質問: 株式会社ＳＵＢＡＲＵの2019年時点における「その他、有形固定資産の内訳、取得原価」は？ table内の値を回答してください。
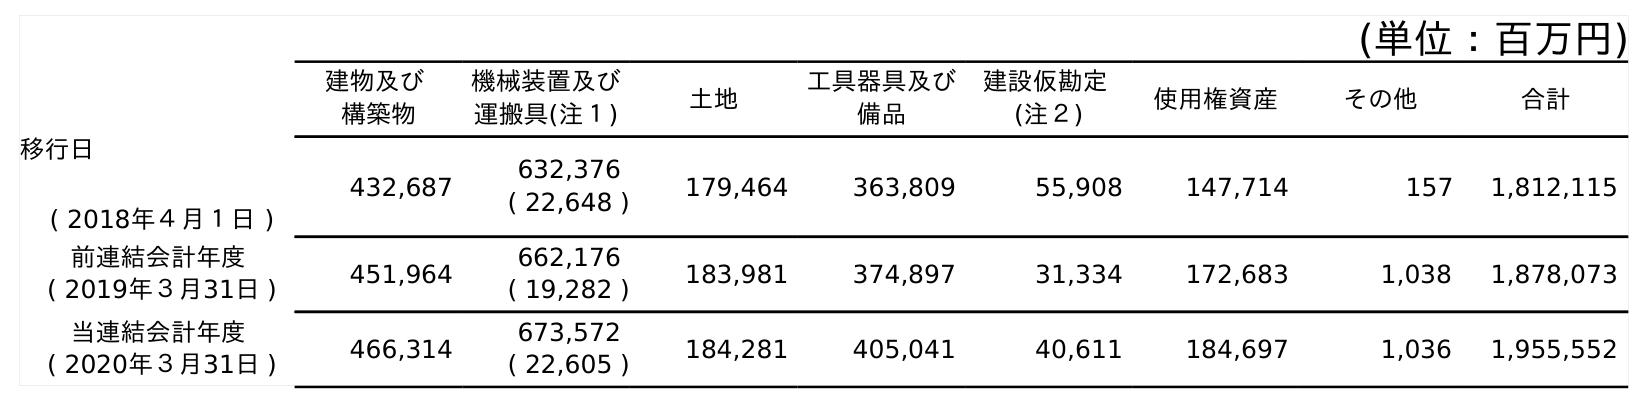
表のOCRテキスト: (単位：百万円) 建物及び 構築物 機械装置及び 運搬具(注１) 土地 工具器具及び 備品 建設仮勘定 (注２) 使用権資産 その他 合計 移行日 ( 2018年４月１日 ) 432,687 632,376 ( 22,648 ) 179,464 363,809 55,908 147,714 157 1,812,115 前連結会計年度 ( 2019年３月31日 ) 451,964 662,176 ( 19,282 ) 183,981 374,897 31,334 172,683 1,038 1,878,073 当連結会計年度 ( 2020年３月31日 ) 466,314 673,572 ( 22,605 ) 184,281 405,041 40,611 184,697 1,036 1,955,552
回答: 1,038